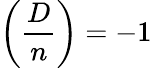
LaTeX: \left({\frac{D}{n}}\right)=-1